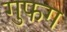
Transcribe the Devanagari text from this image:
गुफग